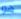
هو